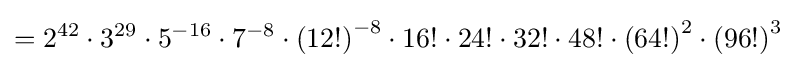
=2^{42}\cdot 3^{29}\cdot 5^{-16}\cdot 7^{-8}\cdot {(12!)}^{-8}\cdot 16!\cdot 24!\cdot 32!\cdot 48!\cdot {(64!)}^{2}\cdot {(96!)}^{3}